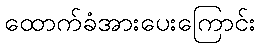
ထောက်ခံအားပေးကြောင်း